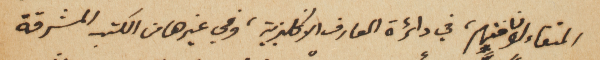
المتفاءلون منهم، في دائرة المعارف الانكليزية، وفي غيرها من الكتب المشرقة